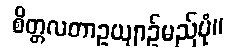
စိတ္တလတာဥယျာဉ်မည်ပုံ။